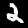
Label: 2